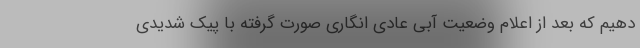
دهیم که بعد از اعلام وضعیت آبی عادی انگاری صورت گرفته با پیک شدیدی